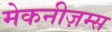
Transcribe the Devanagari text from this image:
मेकनीज़म्स